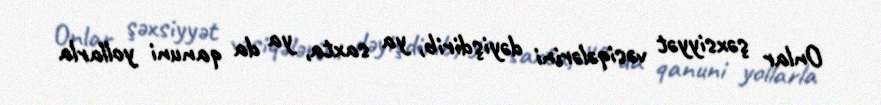
Onlar şəxsiyyət vəsiqələrini dəyişdirib, ya saxta, ya da qanuni yollarla